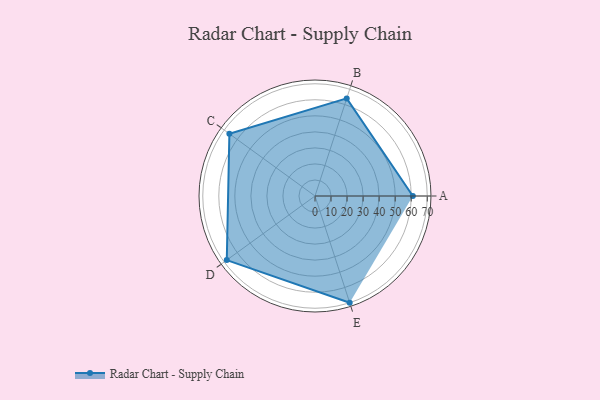
{"axis": {"x": "Skill", "y": "Score"}, "legend": ["Profile"], "data": [{"x": "A", "y": 61.0, "type": "Profile"}, {"x": "B", "y": 64.0, "type": "Profile"}, {"x": "C", "y": 66.0, "type": "Profile"}, {"x": "D", "y": 68.0, "type": "Profile"}, {"x": "E", "y": 70.0, "type": "Profile"}]}